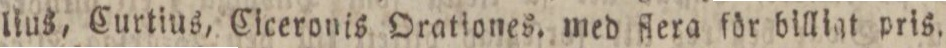
lius, Curtius, Ciceronis Orationes. med flera för billigt pris.